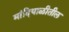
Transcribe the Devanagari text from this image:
मांदियाळीतील